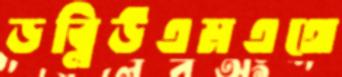
ডব্লিউএমএথে